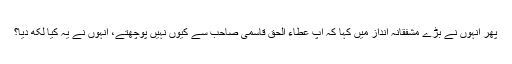
پھر انہوں نے بڑے مشفقانہ انداز میں کہا کہ آپ عطاء الحق قاسمی صاحب سے کیوں نہیں پوچھتے، انہوں نے یہ کیا لکھ دیا؟